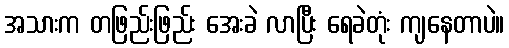
အသားက တဖြည်းဖြည်း အေးခဲ လာပြီး ရေခဲတုံး ကျနေတာပဲ။